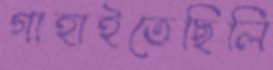
গাহাইতেছিলি